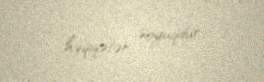
həqiqətən soyuqdur.